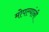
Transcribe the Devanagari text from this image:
मोपल्यांनी